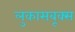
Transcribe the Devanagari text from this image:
लुकासबूक्स